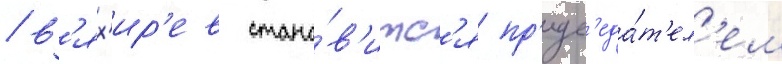
/ в'ях'ир'ев стано́в'итс'я пр'едс'еда́т'ел'ем